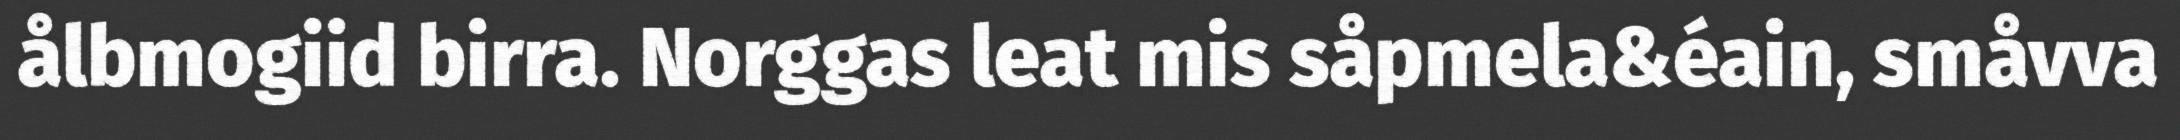
ålbmogiid birra. Norggas leat mis såpmela&éain, småvva